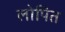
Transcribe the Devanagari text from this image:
लोपित